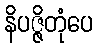
နိပဇ္ဇိတုံပေ